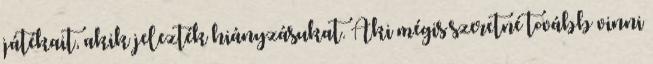
játékait, akik jelezték hiányzásukat. Aki mégis szeretné tovább vinni